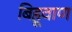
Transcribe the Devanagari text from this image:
बिहूवाण